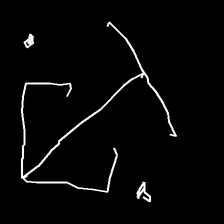
Glyph: earth